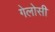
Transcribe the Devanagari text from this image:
गेलोसी